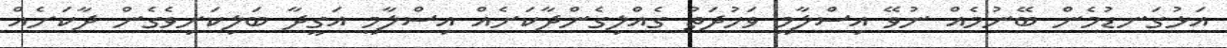
އަޅުގަނޑުމެން ބޭނުމެއް ނުވޭ އިސްލާމީ ވަހުދަތު ގެއްލިގެންދާކަށެއް އިސްލާމީ އަގީދާ ބަލިކަށިވެގެން ދާކަށެއް